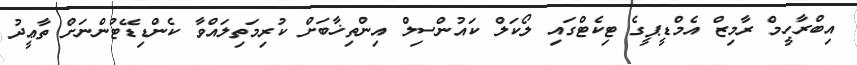
އިބްރާހީމް ރާމިޒް އެމްޑީޕީގެ ޓިކެޓްގައި ލޯކަލް ކައުންސިލް އިންތިޚާބަށް ކުރިމަތިލައްވާ ކެންޑިޑޭޓުންނަށް ތާޢީދު